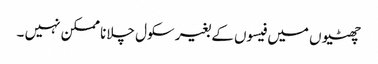
چھٹیوں میں فیسوں کے بغیر سکول چلانا ممکن نہیں ۔